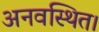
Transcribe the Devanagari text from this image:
अनवस्थित।